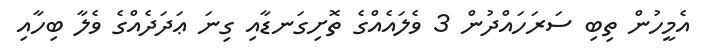
އެމީހުން ތިބި ސަރަހައްދުން 3 ވެލައެއްގެ ތޮށިގަނޑާއި ގިނަ ޢަދަދެއްގެ ވެލާ ބިހާއި